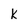
Character: k